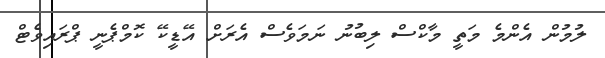
ލުމުން އެންމެ މަތީ މާކްސް ލިބުނު ނަމަވެސް އެރަށް އޭޑީކޭ ކޮމްޕެނީ ޕްރައިވެޓް